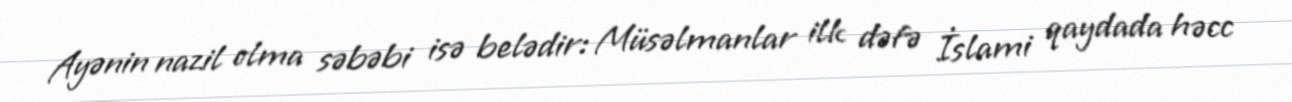
Ayənin nazil olma səbəbi isə belədir: Müsəlmanlar ilk dəfə İslami qaydada həcc